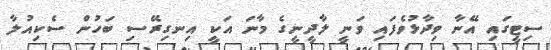
ސިޓީގައި އޭނާ ވިދާޅުވެފައި ވަނީ ލާދީނީގެ މާނަ އަކީ އިނގިރޭސި ބަހުން ސެކިއުލާ